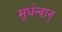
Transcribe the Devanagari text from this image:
मूर्धन्वान्‌